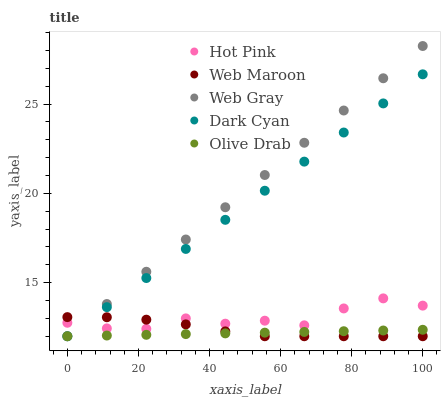
| xaxis_label | Hot Pink | Web Maroon | Web Gray | Dark Cyan | Olive Drab |
 | --- | --- | --- | --- | --- | --- |
 | 0 | 12.8 | 13.1 | 12 | 12 | 12 |
 | 11.1 | 12.4 | 13.1 | 13.8 | 13.6 | 12 |
 | 22.2 | 12.4 | 12.9 | 15.6 | 15.3 | 12.1 |
 | 33.3 | 13 | 12.7 | 17.4 | 16.9 | 12.1 |
 | 44.4 | 12.7 | 12.3 | 19.2 | 18.5 | 12.2 |
 | 55.6 | 12.9 | 12 | 21 | 20.1 | 12.2 |
 | 66.7 | 12.6 | 12 | 22.8 | 21.8 | 12.2 |
 | 77.8 | 13.6 | 12 | 24.6 | 23.4 | 12.3 |
 | 88.9 | 14.1 | 12 | 26.4 | 25 | 12.3 |
 | 100 | 13.7 | 12 | 28.2 | 26.7 | 12.4 |